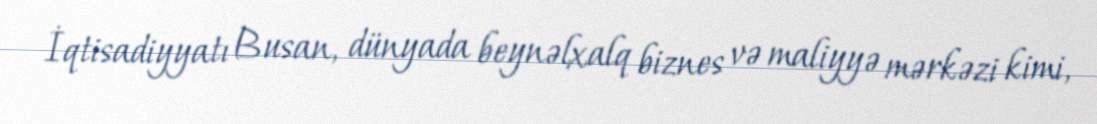
İqtisadiyyatı Busan, dünyada beynəlxalq biznes və maliyyə mərkəzi kimi,